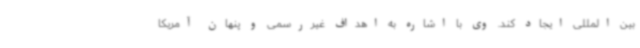
بین المللی ایجاد کند. وی با اشاره به اهداف غیررسمی و پنهان آمریکا